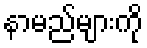
နာမည်များကို